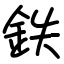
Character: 鉄